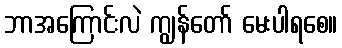
ဘာအကြောင်းလဲ ကျွန်တော် မေးပါရစေ။